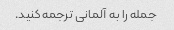
جمله را به آلمانی ترجمه کنید.